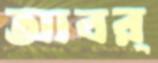
আবর্